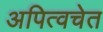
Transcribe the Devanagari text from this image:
अपित्वचेत